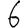
Digit: 6